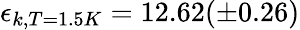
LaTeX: \epsilon_{k,T=1.5K}=12.62(\pm 0.26)